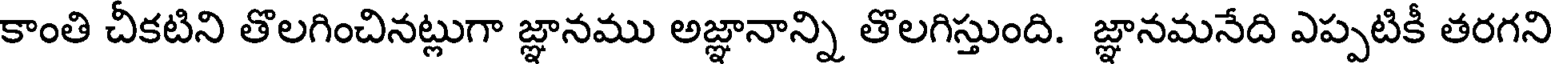
కాంతి చీకటిని తొలగించినట్లుగా జ్ఞానము అజ్ఞానాన్ని తొలగిస్తుంది. జ్ఞానమనేది ఎప్పటికీ తరగని